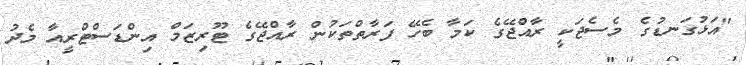
"އަޅުގަނޑުގެ މެސެޖަކީ ރާއްޖޭގެ ކަމާ ބެހޭ ފަރާތްތަކުން ރާއްޖޭގެ ޓޫރިޒަމް އިންޑަސްޓްރީއާ މެދު